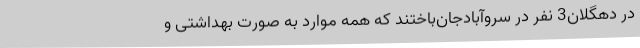
در دهگلان3 نفر در سروآبادجان‌باختند که همه موارد به صورت بهداشتی و